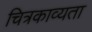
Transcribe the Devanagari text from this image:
चित्रकाव्यता